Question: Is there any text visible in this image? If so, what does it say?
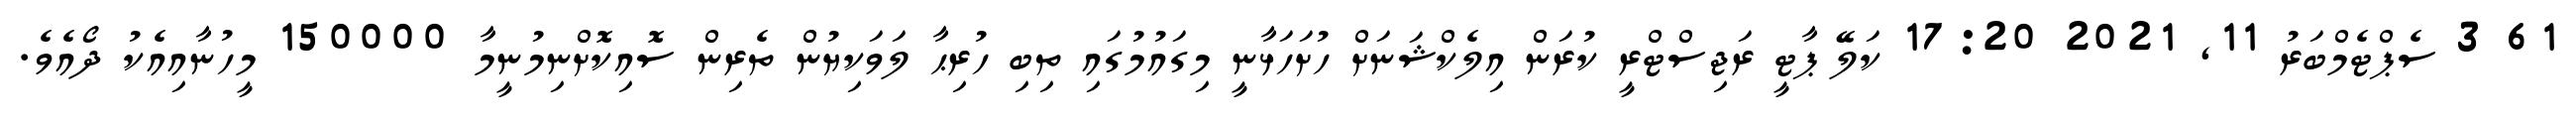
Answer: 61 3 ސެޕްޓެމްބަރު 11, 2021 17:20 ކަލޭ ޕާޓީ ރަޖިސްޓްރީ ކުރަން އިލެކްޝަނަށް ހުށަހަޅާނީ މިގައުމުގައި ތިބި ހުރިޙާ ލަވަކިޔުން ތެރިން ސޮއިކޮށްނިމުނީމާ 150000 މީހުނާއިއެކު ދޯއެވެ.